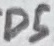
Text: D5